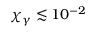
\chi _ { \gamma } \lesssim 1 0 ^ { - 2 }